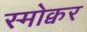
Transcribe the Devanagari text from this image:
स्मोक्वर